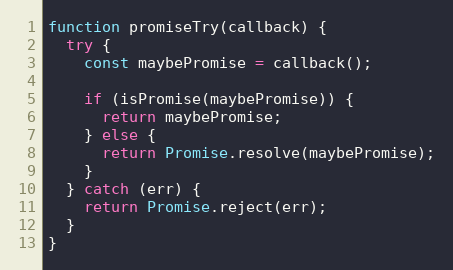
Language: JavaScript
function promiseTry(callback) {
  try {
    const maybePromise = callback();

    if (isPromise(maybePromise)) {
      return maybePromise;
    } else {
      return Promise.resolve(maybePromise);
    }
  } catch (err) {
    return Promise.reject(err);
  }
}